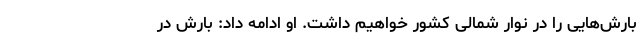
بارش‌هایی را در نوار شمالی کشور خواهیم داشت. او ادامه داد: بارش در